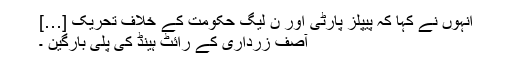
انہوں نے کہا کہ پیپلز پارٹی اور ن لیگ حکومت کے خلاف تحریک […]
آصٖف زرداری کے رائٹ ہینڈ کی پلی بارگین ۔